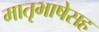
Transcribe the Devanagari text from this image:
मातृभाषेसह